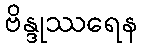
ဗိန္ဒုဿရေန